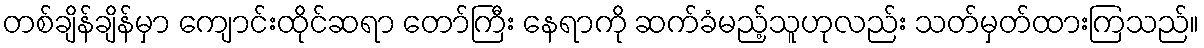
တစ်ချိန်ချိန်မှာ ကျောင်းထိုင်ဆရာ တော်ကြီး နေရာကို ဆက်ခံမည့်သူဟုလည်း သတ်မှတ်ထားကြသည်။